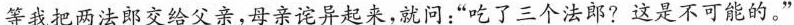
等我把两法郎交给父亲，母亲诧异起来，就问：”吃了三个法郎?这是不可能的。”